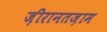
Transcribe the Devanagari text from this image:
ज़ीरानतज़ाम